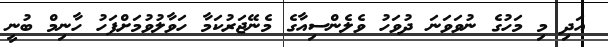
އަދި މި މަހުގެ ނުވަވަނަ ދުވަހު ވެލެންސިއާގެ މެނޭޖަރުކަމާ ހަވާލުވުމަށްފަހު ހާނިމް ބުނީ